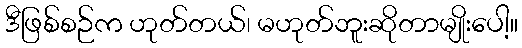
ဒီဖြစ်စဉ်က ဟုတ်တယ်၊ မဟုတ်ဘူးဆိုတာမျိုးပေါ့။